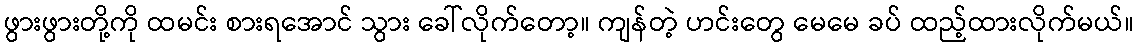
ဖွားဖွားတို့ကို ထမင်း စားရအောင် သွား ခေါ်လိုက်တော့။ ကျန်တဲ့ ဟင်းတွေ မေမေ ခပ် ထည့်ထားလိုက်မယ်။